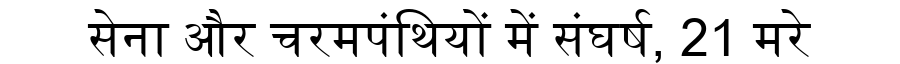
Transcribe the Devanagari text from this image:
सेना और चरमपंथियों में संघर्ष, 21 मरे